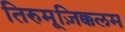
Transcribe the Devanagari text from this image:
तिरुमूज़िक्कलम